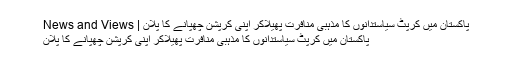
پاکستان میں کرپٹ سیاستدانوں کا مذہبی منافرت پھیلاکر اپنی کرپشن چھپانے کا پلان | News and Views
پاکستان میں کرپٹ سیاستدانوں کا مذہبی منافرت پھیلاکر اپنی کرپشن چھپانے کا پلان